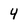
Character: 4